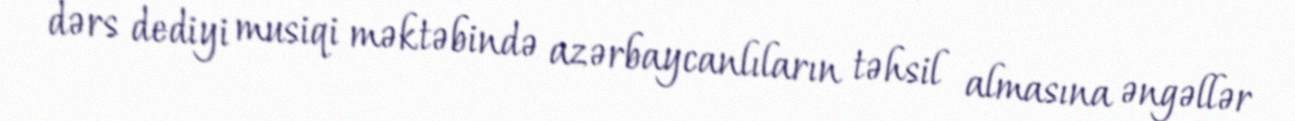
dərs dediyi musiqi məktəbində azərbaycanlıların təhsil almasına əngəllər